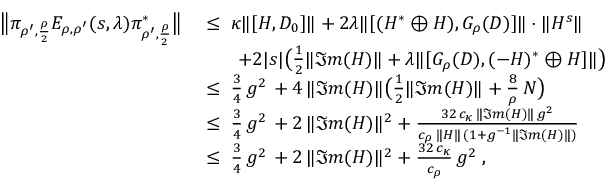
\begin{array} { r l } { \big \| \pi _ { \rho ^ { \prime } , \frac { \rho } { 2 } } E _ { \rho , \rho ^ { \prime } } ( s , \lambda ) \pi _ { \rho ^ { \prime } , \frac { \rho } { 2 } } ^ { * } \big \| } & { \; \leq \; \kappa \| [ H , D _ { 0 } ] \| + 2 \lambda \| [ ( H ^ { * } \oplus H ) , G _ { \rho } ( D ) ] \| \cdot \| H ^ { s } \| } \\ & { \qquad + 2 | s | \big ( \frac { 1 } { 2 } \| \Im m ( H ) \| + { \lambda \| [ G _ { \rho } ( D ) } , ( - H ) ^ { * } \oplus H ] \| \big ) } \\ & { \; \leq \; \frac { 3 } { 4 } \, g ^ { 2 } \, + { 4 \, \| \Im m ( H ) \| \big ( \frac { 1 } { 2 } \| \Im m ( H ) \| + \frac { 8 } { \rho } \, N \big ) } } \\ & { \; \leq \; \frac { 3 } { 4 } \, g ^ { 2 } \, + 2 \, \| \Im m ( H ) \| ^ { 2 } + \frac { 3 2 \, c _ { \kappa } \, \| \Im m ( H ) \| \, g ^ { 2 } } { c _ { \rho } \, \| H \| \, ( 1 + g ^ { - 1 } \| \Im m ( H ) \| ) } } \\ & { \; \leq \; \frac { 3 } { 4 } \, g ^ { 2 } \, + 2 \, \| \Im m ( H ) \| ^ { 2 } + { \frac { 3 2 \, c _ { \kappa } } { c _ { \rho } } \, g ^ { 2 } } \; , } \end{array}